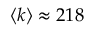
\langle k \rangle \approx 2 1 8